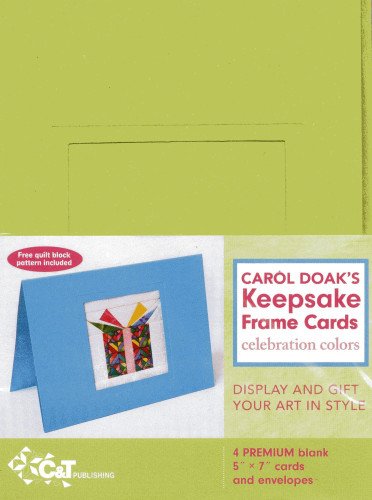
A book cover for Carol Doak's Keepsake Frame CardsCelebration Colors; Carol Doak; Crafts, Hobbies & Home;